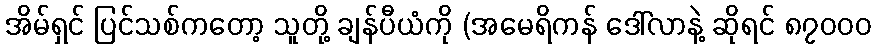
အိမ်ရှင် ပြင်သစ်ကတော့ သူတို့ ချန်ပီယံကို (အမေရိကန် ဒေါ်လာနဲ့ ဆိုရင် ၈၇၀၀၀